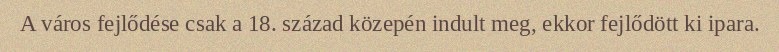
A város fejlődése csak a 18. század közepén indult meg, ekkor fejlődött ki ipara.